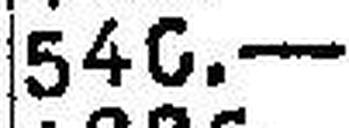
540.—